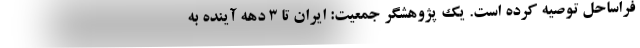
فراساحل توصیه کرده است. یک پژوهشگر جمعیت: ایران تا 3 دهه آینده به